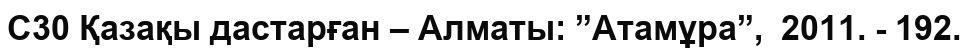
С30 Қазақы дастарған – Алматы: ”Атамұра”,  2011. - 192.